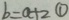
b = a + 2 \textcircled { 1 }